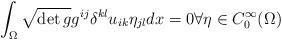
LaTeX: \begin{align*}\int_{\Omega}\sqrt{\det g}g^{ij}\delta^{kl}u_{ik}\eta_{jl}dx=0\forall\eta \in C_{0}^{\infty}(\Omega) \end{align*}